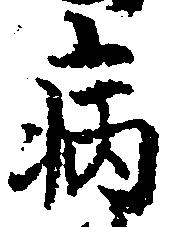
病